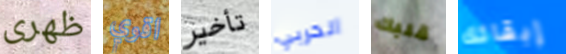
ظهرى اقوي تأخير الحربي قلبك إبقائك